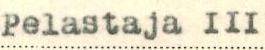
Pelastaja III